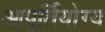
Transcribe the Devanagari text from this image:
आपूर्तियोग्य